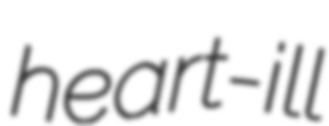
heart-ill